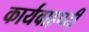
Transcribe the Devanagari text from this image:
कार्यवाहपदी